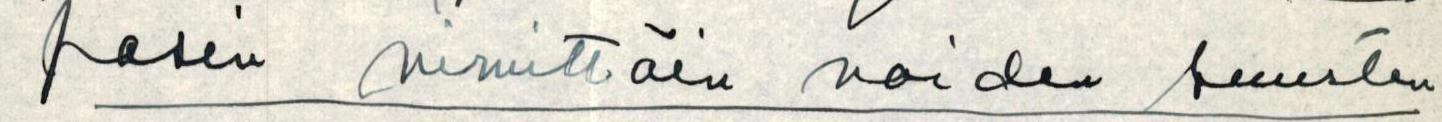
pasin nimittäin noiden suurten